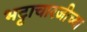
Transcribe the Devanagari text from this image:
भट्टाचारजीच्या